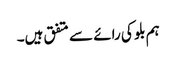
ہم بلو کی رائے سے متفق ہیں۔